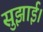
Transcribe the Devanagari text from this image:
सुझाई।